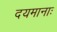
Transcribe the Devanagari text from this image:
दयमानाः